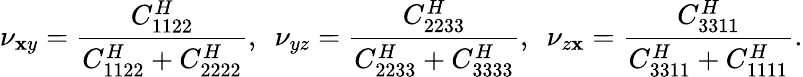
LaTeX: \nu_{\mathbf{x}y}=\frac{{C_{1122}^{H}}}{{C_{1122}^{H}+C_{2222}^{H}}},\, \, \, \nu_{yz}=\frac{{C_{2233}^{H}}}{{C_{2233}^{H}+C_{3333}^{H}}},\, \, \, \nu_{z\mathbf{x}}=\frac{{C_{3311}^{H}}}{{C_{3311}^{H}+C_{1111}^{H}}}.